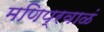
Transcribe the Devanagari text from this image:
मणिप्रवाळं